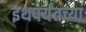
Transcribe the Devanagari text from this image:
इथपर्यंतच्या